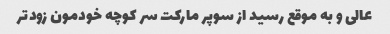
عالى و به موقع رسید از سوپر مارکت سر کوچه خودمون زودتر